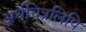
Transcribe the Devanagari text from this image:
अर्धचित्रलिपि